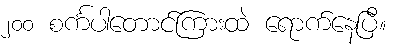
၂၀၀ စင်္ကပါတောင်ကြားထဲ ရောက်နေပြီ။